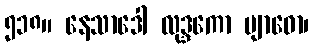
၅၁၈။ နေသာဒေါ လုဒ္ဒကော ဗျာဓော၊